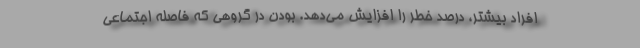
افراد بیشتر، درصد خطر را افزایش می‌دهد. بودن در گروهی که فاصله اجتماعی